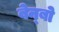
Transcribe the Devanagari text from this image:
बेन्बो